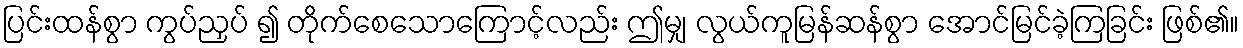
ပြင်းထန်စွာ ကွပ်ညှပ် ၍ တိုက်စေသောကြောင့်လည်း ဤမျှ လွယ်ကူမြန်ဆန်စွာ အောင်မြင်ခဲ့ကြခြင်း ဖြစ်၏။